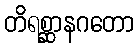
တိရစ္ဆာနဂတော